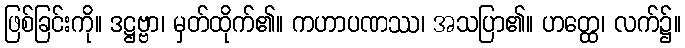
ဖြစ်ခြင်းကို။ ဒဋ္ဌဗ္ဗာ၊ မှတ်ထိုက်၏။ ကဟာပဏဿ၊ အသပြာ၏။ ဟတ္ထေ၊ လက်၌။